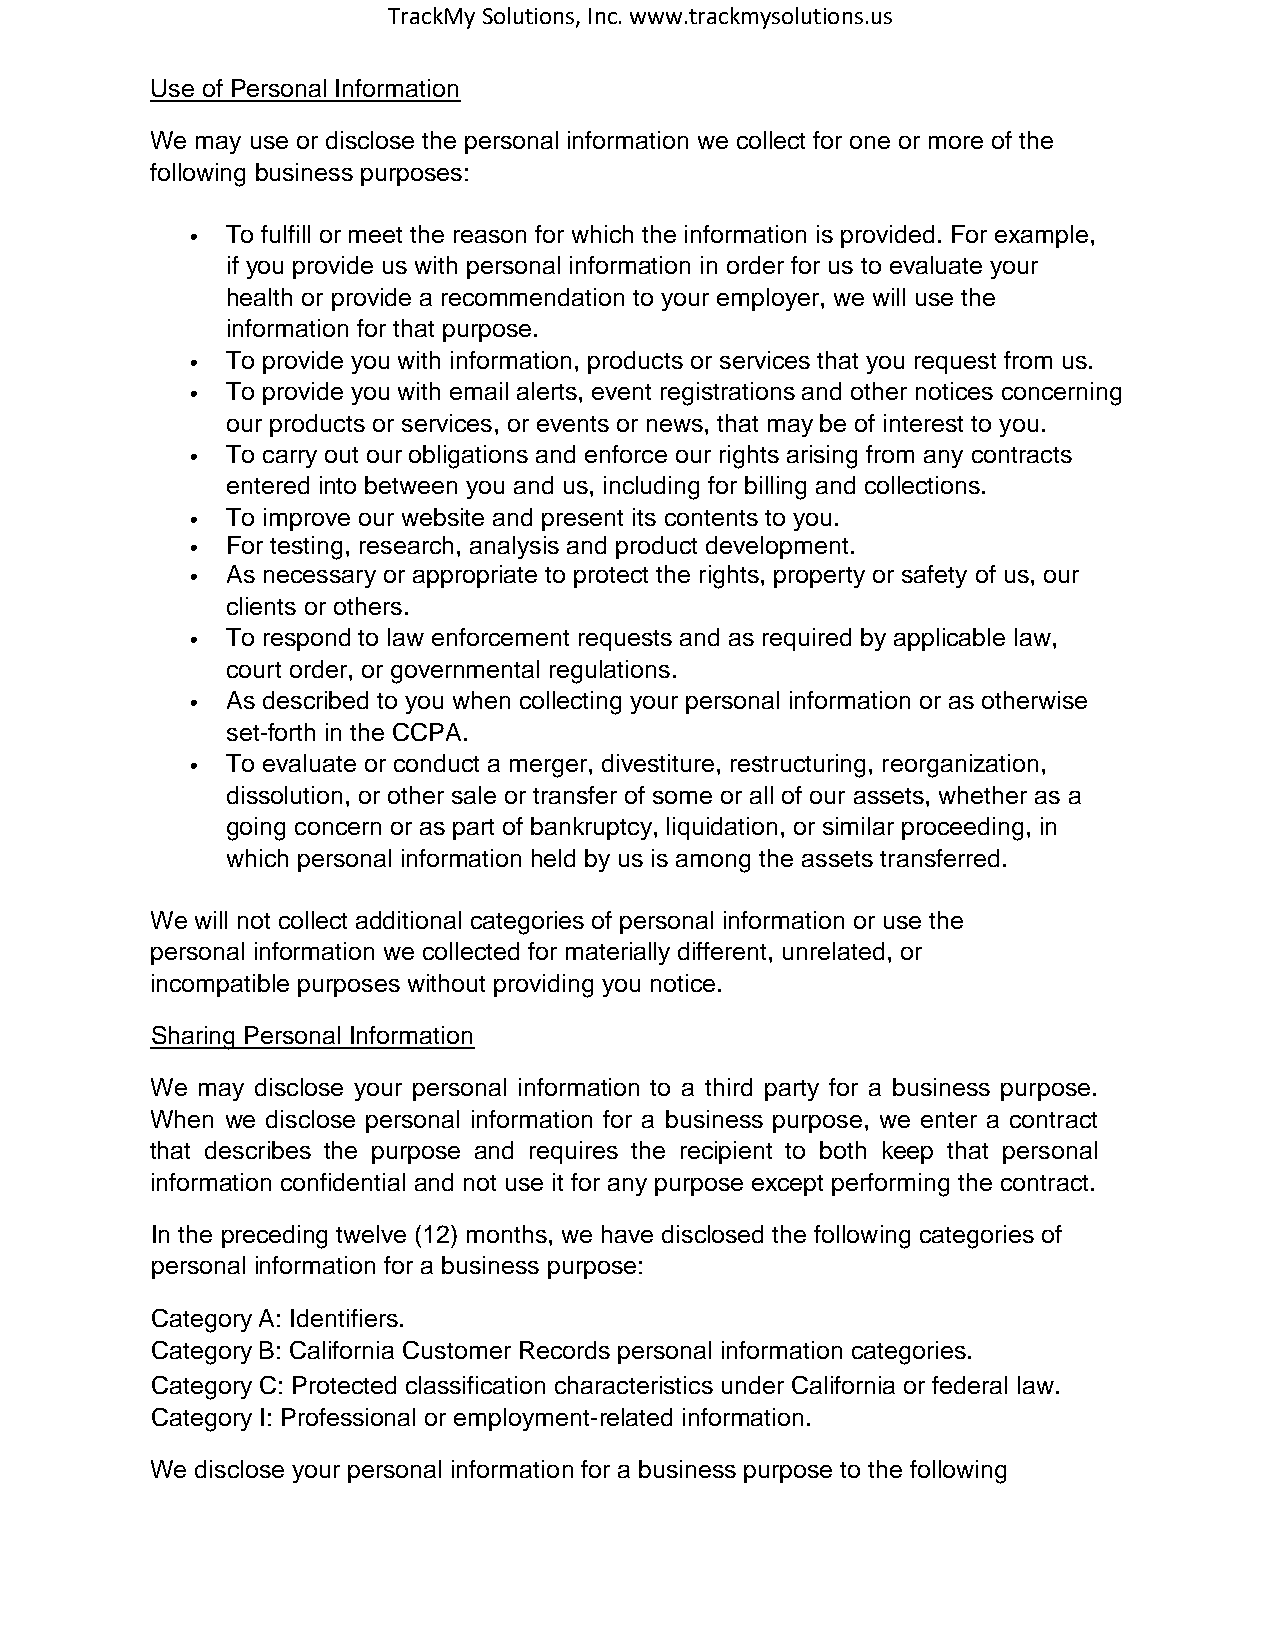
TrackMy Solutions, Inc. www.trackmysolutions.us
 Use of Personal Information
 We may use or disclose the personal information we collect for one or more of the
 following business purposes:
 •  To fulfill or meet the reason for which the information is provided. For example,
 if you provide us with personal information in order for us to evaluate your
 health or provide a recommendation to your employer, we will use the
 information for that purpose.
 •  To provide you with information, products or services that you request from us.
 •  To provide you with email alerts, event registrations and other notices concerning
 our products or services, or events or news, that may be of interest to you.
 •  To carry out our obligations and enforce our rights arising from any contracts
 entered into between you and us, including for billing and collections.
 •  To improve our website and present its contents to you.
 •  For testing, research, analysis and product development.
 •  As necessary or appropriate to protect the rights, property or safety of us, our
 clients or others.
 •  To respond to law enforcement requests and as required by applicable law,
 court order, or governmental regulations.
 •  As described to you when collecting your personal information or as otherwise
 set-forth in the CCPA.
 •  To evaluate or conduct a merger, divestiture, restructuring, reorganization,
 dissolution, or other sale or transfer of some or all of our assets, whether as a
 going concern or as part of bankruptcy, liquidation, or similar proceeding, in
 which personal information held by us is among the assets transferred.
 We will not collect additional categories of personal information or use the
 personal information we collected for materially different, unrelated, or
 incompatible purposes without providing you notice.
 Sharing Personal Information
 We may disclose your personal information to a third party for a business purpose.
 When we disclose personal information for a business purpose, we enter a contract
 that describes the purpose and requires the recipient to both keep that personal
 information confidential and not use it for any purpose except performing the contract.
 In the preceding twelve (12) months, we have disclosed the following categories of
 personal information for a business purpose:
 Category A: Identifiers.
 Category B: California Customer Records personal information categories.
 Category C: Protected classification characteristics under California or federal law.
 Category I: Professional or employment-related information.
 We disclose your personal information for a business purpose to the following